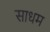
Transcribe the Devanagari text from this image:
साधम